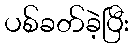
ပစ်ခတ်ခဲ့ပြီး